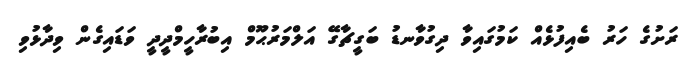
ރަށުގެ ހަރު ބެއިފުޅެއް ކަމުގައިވާ ދިގުވާނޑު ބަގީޗާގޭ އަލްމަރުޙޫމް އިބުރާހީމްދީދީ ވަޑައިގެން ވިދާޅުވި